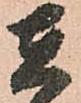
在